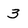
Character: 3